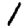
Digit: 1